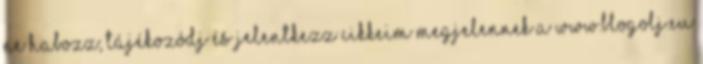
ne habozz; tájékozódj és jelentkezz Cikkeim megjelennek a www.blogolj.eu